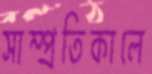
সাম্প্রতিকালে